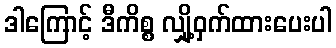
ဒါကြောင့် ဒီကိစ္စ လျှို့ဝှက်ထားပေးပါ